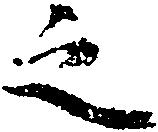
之